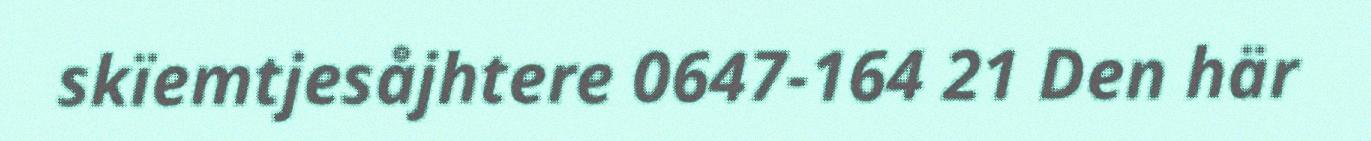
skïemtjesåjhtere 0647-164 21 Den här